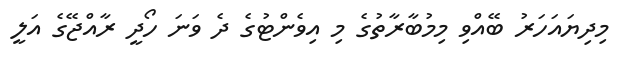
މިދިޔައަހަރު ބޭއްވި މިމުބާރާތުގެ މި އިވެންޓުގެ ދެ ވަނަ ހޯދީ ރާއްޖޭގެ އަލީ